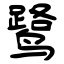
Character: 鹭